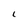
Character: 1